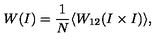
W ( I ) = \frac { 1 } { N } \langle W _ { 1 2 } ( I \times I ) \rangle ,